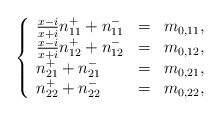
\begin{align*}\left\{\begin{array}{lll}\frac{x - i}{x + i} n_{11}^{+} + n_{11}^{-}&=&m_{0,11}, \\\frac{x - i}{x + i} n_{12}^{+} + n_{12}^{-}&=&m_{0,12}, \\n_{21}^{+} + n_{21}^{-}&=&m_{0,21}, \\n_{22}^{+} + n_{22}^{-}&=&m_{0,22},\end{array}\right.\end{align*}